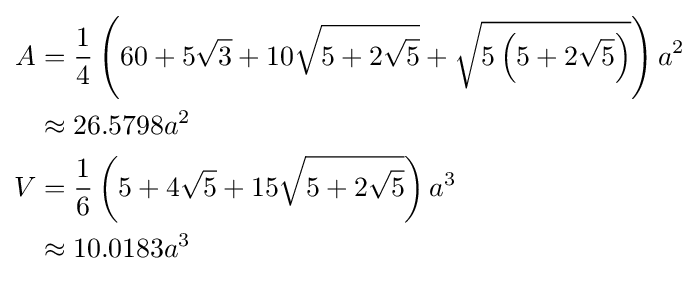
{\begin{aligned}A&={\frac {1}{4}}\left(60+5{\sqrt {3}}+10{\sqrt {5+2{\sqrt {5}}}}+{\sqrt {5\left(5+2{\sqrt {5}}\right)}}\right)a^{2}\\&\approx 26.5798a^{2}\\V&={\frac {1}{6}}\left(5+4{\sqrt {5}}+15{\sqrt {5+2{\sqrt {5}}}}\right)a^{3}\\&\approx 10.0183a^{3}\end{aligned}}